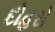
દોહરો